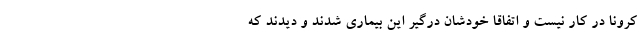
کرونا در کار نیست و اتفاقا خودشان درگیر این بیماری شدند و دیدند که